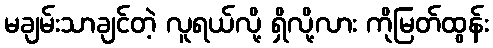
မချမ်းသာချင်တဲ့ လူရယ်လို့ ရှိလို့လား ကိုမြတ်ထွန်း